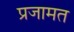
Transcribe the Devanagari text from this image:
प्रजामत